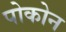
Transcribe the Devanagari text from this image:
पोकोन